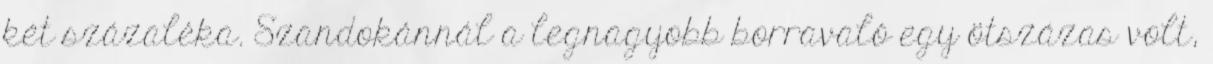
két százaléka. Szandokánnál a legnagyobb borravaló egy ötszázas volt,